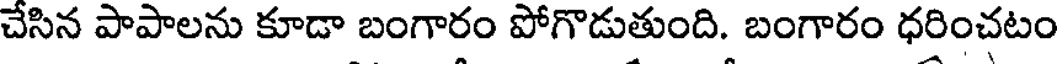
చేసిన పాపాలను కూడా బంగారం పోగొడుతుంది. బంగారం ధరించటం